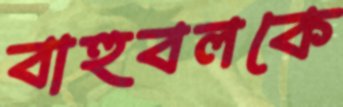
বাহুবলকে